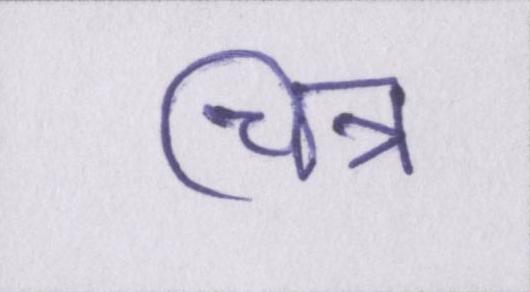
चित्र